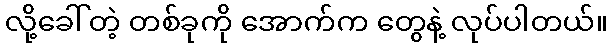
လို့ခေါ်တဲ့ တစ်ခုကို အောက်က တွေနဲ့ လုပ်ပါတယ်။